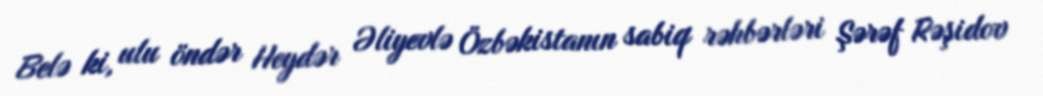
Belə ki, ulu öndər Heydər Əliyevlə Özbəkistanın sabiq rəhbərləri Şərəf Rəşidov